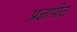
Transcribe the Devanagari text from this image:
प्रज्ञापीठ